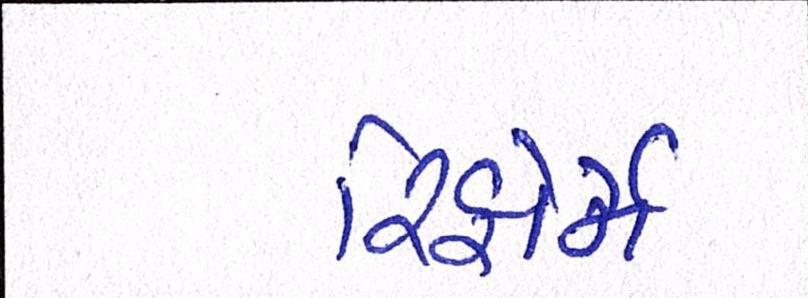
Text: રિફોર્મ